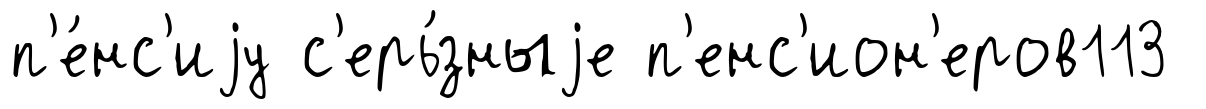
п'е́нс'иjу с'ерь́зныjе п'енс'ион'еров113